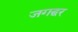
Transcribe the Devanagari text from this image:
जगद्घर